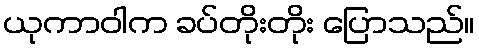
ယုကာဝါက ခပ်တိုးတိုး ပြောသည်။